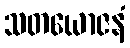
သတယောဇနံ